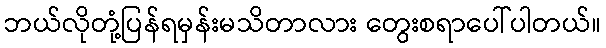
ဘယ်လိုတုံ့ပြန်ရမှန်းမသိတာလား တွေးစရာပေါ်ပါတယ်။